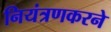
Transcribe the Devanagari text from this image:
नियंत्रणकरने